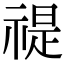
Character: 禔